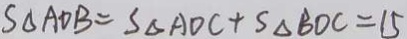
S _ { \Delta A D B } = S _ { \Delta A D C } + S _ { \Delta B D C } = 1 5